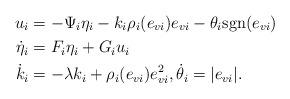
LaTeX: \begin{align*}u_i&=-\Psi_i\eta_i-k_i\rho_i(e_{vi})e_{vi}-\theta_i {\rm sgn}(e_{vi})\\\dot{\eta}_i&=F_i\eta_i+G_iu_i\\\dot{k}_i&=-\lambda k_{i}+\rho_i(e_{vi})e_{vi}^2, \dot{\theta}_i=|e_{vi}|.\end{align*}